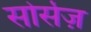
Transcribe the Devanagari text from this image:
सोर्सेज़